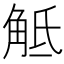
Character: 觝